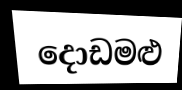
දොඩමළු